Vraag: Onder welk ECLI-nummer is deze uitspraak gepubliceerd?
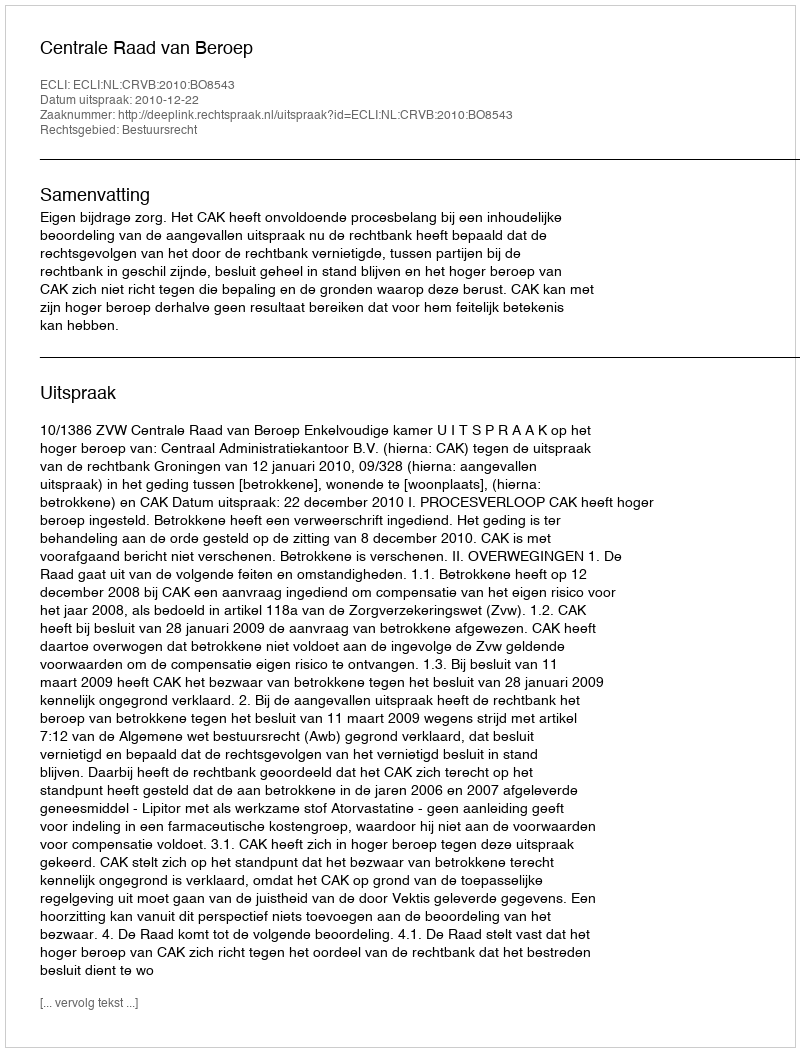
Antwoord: ECLI:NL:CRVB:2010:BO8543